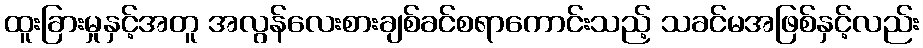
ထူးခြားမှုနှင့်အတူ အလွန်လေးစားချစ်ခင်စရာကောင်းသည့် သခင်မအဖြစ်နှင့်လည်း